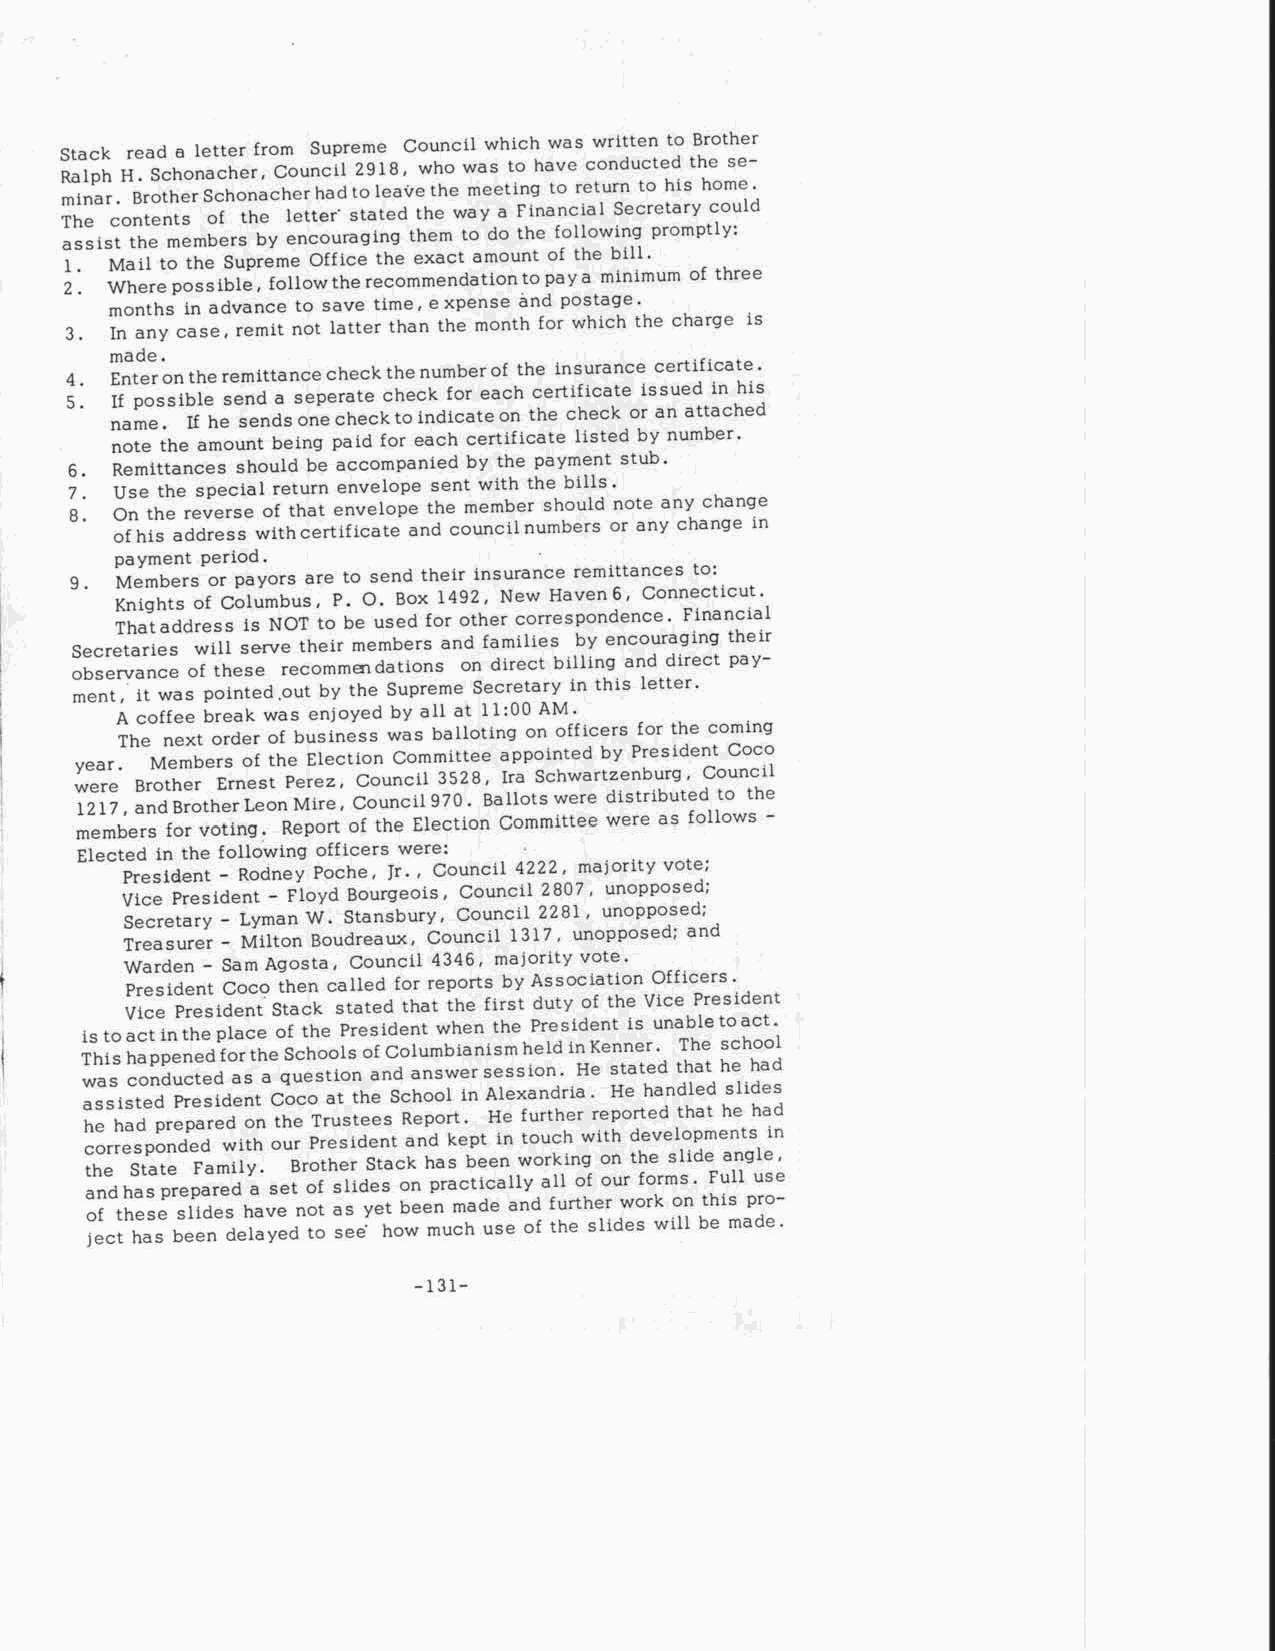
Stack read a letter from Supreme Council which was written to Brother
 Ralph H. Schonacher, Council 2918, who was to have conducted the se-
 minar. Brother Schonacher had to leave the meeting to return to his home.
 The contents of the letter' stated the way a Financial Secretary could
 assist the members by encouraging them to do the following promptly:
 1. Mail to the Supreme Office the exact amount of the bill.
 2. Where possible, follow the recommendation to pay a minimum of three
 months in advance to save time, expense and postage.
 3. In any case, remit not latter than the month for which the charge is
 made.
 4. Enter on the remittance check the number of the insurance certificate.
 5. If possible send a seperate check for each certificate issued in his
 name. If he sends one check to indicate on the check or an attached
 note the amount being paid for each certificate listed by number.
 6. Remittances should be accompanied by the payment stub.
 7. Use the special return envelope sent with the bills.
 8. On the reverse of that envelope the member should note any change
 of his address with certificate and council numbers or any change in
 payment period.
 9 . Members or payors are to send their insurance remittances to:
 Knights of Columbus, P. O. Box 1492, New Haven 6, Connecticut.
 That address is NOT to be used for other correspondence. Financial
 Secretaries will serve their members and families by encouraging their
 observance of these recommendations on direct billing and direct pay-
 ment, it was pointed,out by the Supreme Secretary in this letter.
 A coffee break was enjoyed by all at 11:00 AM.
 The next order of business was balloting on officers for the coming
 year. Members of the Election Committee appointed by President Coco
 were Brother Ernest Perez, Council 3528, Ira Schwartzenburg, Council
 1217, and Brother Leon Mire, Council970. Ballots were distributed to the
 members for voting. Report of the Election Committee were as follows -
 Elected in the following officers were:
 President - Rodney Poche, Jr. , Council 4222, majority vote;
 Vice President - Floyd Bourgeois, Council 2807, unopposed;
 Secretary- LymanW. Stansbury, Council 2281, unopposed;
 Treasurer- Milton Boudreaux, Council 1317, unopposed; and
 Warden - Sam Agosta, Council 4346, majority vote.
 President Coco then called for reports by Association Officers.
 Vice President Stack stated that the first duty of the Vice President
 is to act in the place of the President when the President is unable to act.
 This happened forthe Schools of Columbianism held in Kenner. The school
 was conducted as a question and answer session. He stated that he had
 assisted President Coco at the School in Alexandria. He handled slides
 he had prepared on the Trustees Report. He further reported that he had
 corresponded with our President and kept in touch with developments in
 the State Family. Brother Stack has been working on the slide angle,
 and has prepared a set of slides on practically all of our forms. Full use
 of these slides have not as yet been made and further work on this pro-
 ject has been delayed to see' how much use of the slides will be made.
 -131-